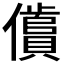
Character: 𱏞